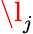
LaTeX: \l_{j}